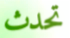
تحدث